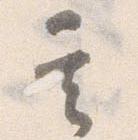
其